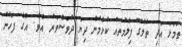
ތަމަޅަ އަދި ތެލެގޫ ފިލްމުތައް ކުޅެމުން ދިޔަ ދުވަސްވަރު އެވެ. އޭގެ ފަހުން